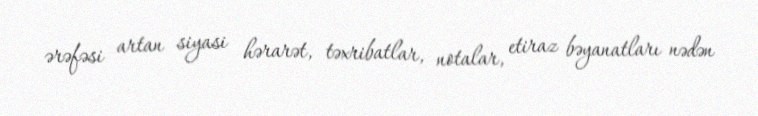
ərəfəsi artan siyasi hərarət, təxribatlar, notalar, etiraz bəyanatları nədən